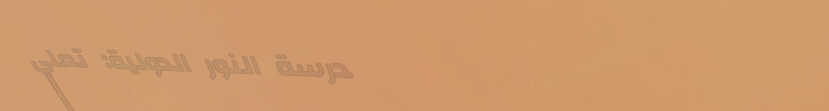
مدرسة النور الدولية: تعلي